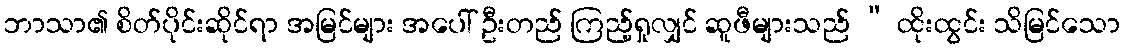
ဘာသာ၏ စိတ်ပိုင်းဆိုင်ရာ အမြင်များ အပေါ် ဦးတည် ကြည့်ရှုလျှင် ဆူဖီများသည် “ ထိုးထွင်း သိမြင်သော